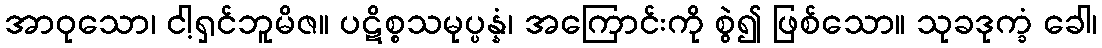
အာဝုသော၊ ငါ့ရှင်ဘူမိဇ။ ပဋိစ္စသမုပ္ပန္နံ၊ အကြောင်းကို စွဲ၍ ဖြစ်သော။ သုခဒုက္ခံ ခေါ၊